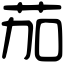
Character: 茄